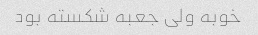
خوبه ولی جعبه شکسته بود